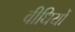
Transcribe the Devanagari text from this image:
वीधियों